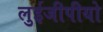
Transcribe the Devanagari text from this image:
लुईजीपीयो